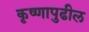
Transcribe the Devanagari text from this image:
कृष्णापुढील